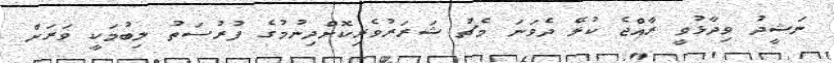
ނަޝީދު ވިދާޅުވީ ރާއްޖެ ކުޅޭ ދެވަނަ މެޗު ޝަރަރުވެރިކޮށްދިނުމުގެ ފުރުސަތު ލިބުމަކީ ވަރަށް